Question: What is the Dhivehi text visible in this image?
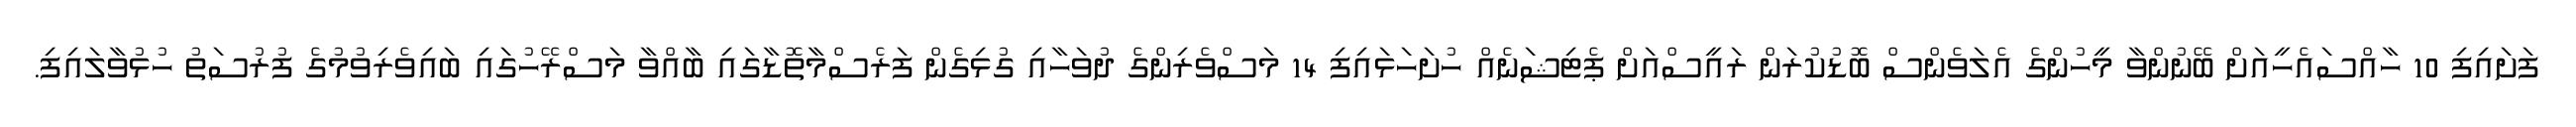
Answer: ފަށައިފި 10 ހާއްސައެހީއަށް ބޭނުންވާ މީހުންގެ އެލަވެންސް ބޮޑުކުރަން ރައީސްއަށް ޕެޓިޝަނެއް ހުށަހަޅައިފި 14 މަސްވެރިންގެ ދުވަހާއި ގުޅިގެން ފަރެސްމާތޮޑާގައި ބާއްވާ މަސްރޭހުގައި ބައިވެރިވުމުގެ ފުރުސަތު ހުޅުވާލައިފި.